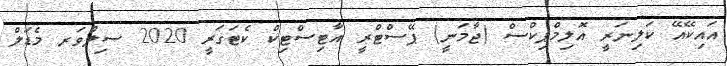
އައިކޭއޭ ކަލިނަރީ އޮލިމްޕިކްސް (ޖާމަނީ) ޕޭސްޓްރީ އާޓިސްޓިކް ކެޓަގަރީ 2020 ސިލްވަރ މެޑަލް